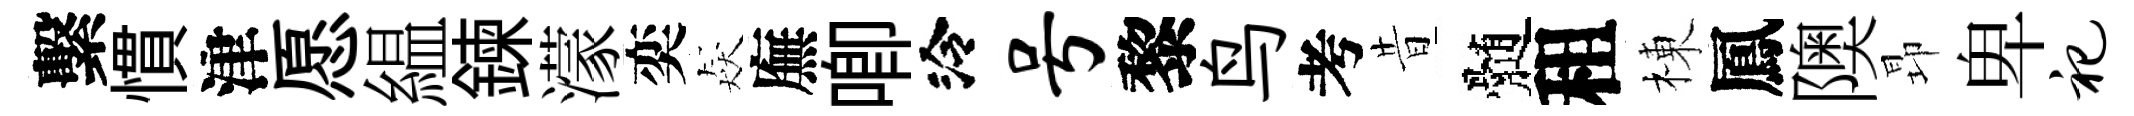
繫慣津愿緼鍊濛奕猋廡唧泠号黎鸟考昔髄租棟鳳隩昻卑祀